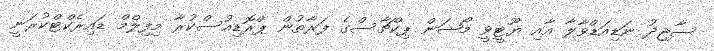
ސާޖިދު ނަޑިއަޑްވާލާ އާއި ޔޫޓީވީ މޯޝަން ޕިކްޗާސްގެ ފަރާތުން ޕްރޮޑިއުސްކުރާ މިފިލްމް ޑައިރެކްޓްކުރަނީ